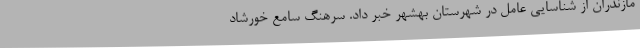
مازندران از شناسایی عامل در شهرستان بهشهر خبر داد. سرهنگ سامع خورشاد